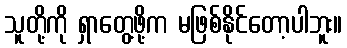
သူတို့ကို ရှာတွေ့ဖို့က မဖြစ်နိုင်တော့ပါဘူး။